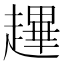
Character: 䟆